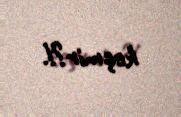
keçmir?!.